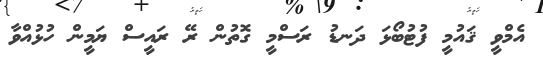
އެމްވީ ޤައުމީ ފުޓުބޯޅަ ދަނޑު ރަސްމީ ގޮތުން ރޭ ރައީސް ޔަމީން ހުޅުއްވާ